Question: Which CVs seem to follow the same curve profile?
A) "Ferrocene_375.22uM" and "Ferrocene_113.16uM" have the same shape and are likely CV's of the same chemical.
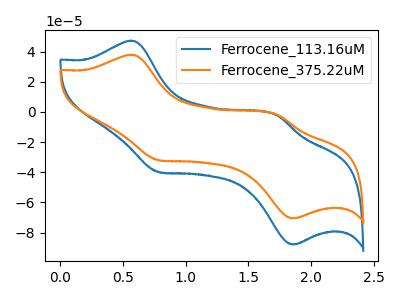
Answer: <think>The blue curve "Ferrocene_113.16uM" has anodic peaks at (0.55V, 47.30uA) (1.75V, -2.10uA) and cathodic peaks at (0.80V, -39.85uA) (1.85V, -87.95uA). The orange curve "Ferrocene_375.22uM" has anodic peaks at (0.55V, 37.95uA) (1.75V, -1.65uA) and cathodic peaks at (0.80V, -32.00uA) (1.85V, -70.65uA).
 All the peaks in "Ferrocene_113.16uM" have a peak in "Ferrocene_375.22uM" at the same potential.</think>
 <answer>A) "Ferrocene_375.22uM" and "Ferrocene_113.16uM" have the same shape and are likely CV's of the same chemical.</answer>
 <eval>A</eval>